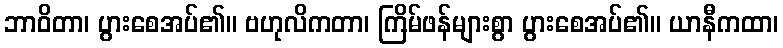
ဘာဝိတာ၊ ပွားစေအပ်၏။ ဗဟုလိကတာ၊ ကြိမ်ဖန်များစွာ ပွားစေအပ်၏။ ယာနီကထာ၊